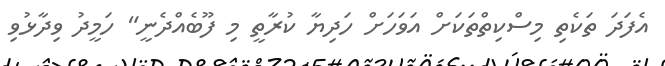
އެފަދަ ތަކެތި މިސްކިތްތަކަށް އަވަހަށް ހަދިޔާ ކުރާތީ މި ފޫބެއްދެނީ" ހަމީދު ވިދާޅުވި